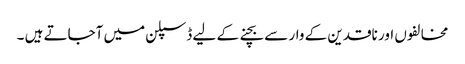
مخالفوں اور ناقدین کے وار سے بچنے کے لیے ڈسپلن میں آجاتے ہیں ۔